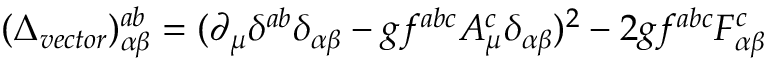
( \Delta _ { v e c t o r } ) _ { \alpha \beta } ^ { a b } = ( \partial _ { \mu } \delta ^ { a b } \delta _ { \alpha \beta } - g f ^ { a b c } A _ { \mu } ^ { c } \delta _ { \alpha \beta } ) ^ { 2 } - 2 g f ^ { a b c } F _ { \alpha \beta } ^ { c }